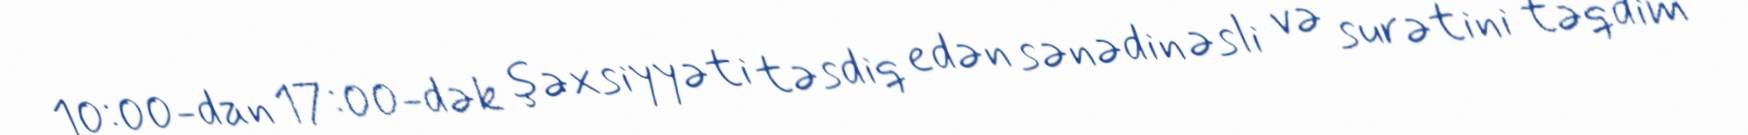
10:00-dan 17:00-dək şəxsiyyəti təsdiq edən sənədin əsli və surətini təqdim